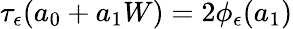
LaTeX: \tau_{\epsilon}(a_{0}+a_{1}W)=2\phi_{\epsilon}(a_{1})